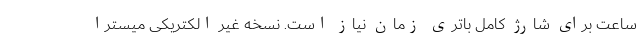
ساعت برای شارژ کامل باتری زمان نیاز است. نسخه غیر الکتریکی میسترا